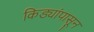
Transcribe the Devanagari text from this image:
किड्यांपासून